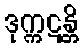
ဒုက္ကဋန္တိ